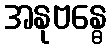
အနုဗန္ဓေ